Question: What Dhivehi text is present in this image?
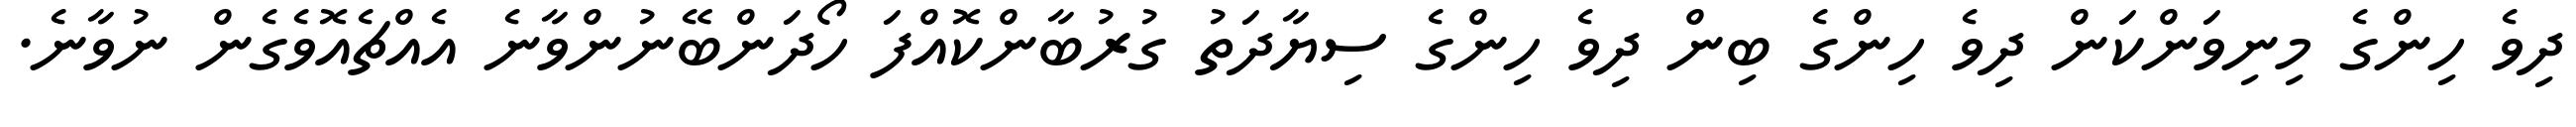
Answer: ދިވެ ހިންގެ މިނިވަންކަން ދިވެ ހިންގެ ބިން ދިވެ ހިންގެ ސިޔާދަތު ގުރުބާންކޮއްފަ ހޯދަންބޭނުންވާނެ އެއްޗެއޮވެގެން ނުވާނެ.